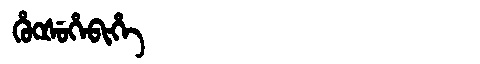
Manchu: ᡥᡠᡴᡧᡠᡥᡝᠪᡳᡥᡝ
Romanization: HUKŠUHEBIHE